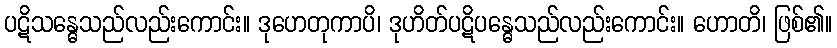
ပဋိသန္ဓေသည်လည်းကောင်း။ ဒုဟေတုကာပိ၊ ဒုဟိတ်ပဋိပန္ဓေသည်လည်းကောင်း။ ဟောတိ၊ ဖြစ်၏။